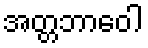
အတ္တဘာဝေါ